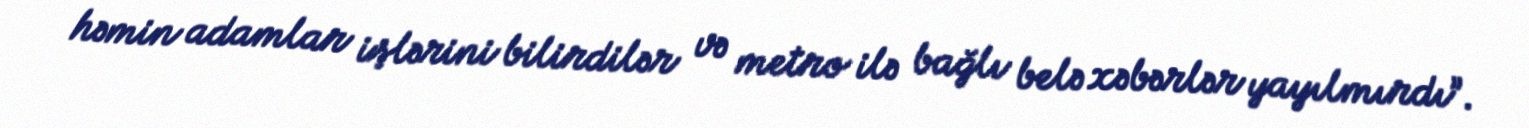
həmin adamlar işlərini bilirdilər və metro ilə bağlı belə xəbərlər yayılmırdı”.